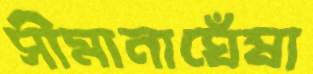
সীমানাঘেঁষা